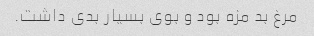
مرغ بد مزه بود و بوی بسیار بدی داشت.